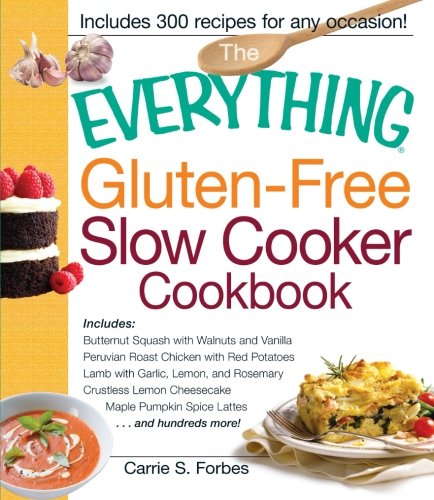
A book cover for The Everything Gluten-Free Slow Cooker Cookbook: Includes Butternut Squash with Walnuts and Vanilla, Peruvian Roast Chicken with Red Potatoes, Lamb ... Pumpkin Spice Lattes...and hundreds more!; Carrie S. Forbes; Cookbooks, Food & Wine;